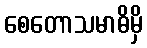
စေတောသမာဓိမှိ